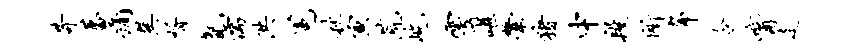
苛蕃痛巽婿氤儒洪冕秋寅荒屹雩谌綮猪中段所布令觜走